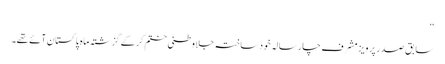
‘‘
سابق صدر پرویز مشرف چار سالہ خود ساختہ جلاوطنی ختم کر کے گزشتہ ماہ پاکستان آئے تھے۔